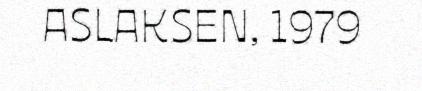
ASLAKSEN, 1979